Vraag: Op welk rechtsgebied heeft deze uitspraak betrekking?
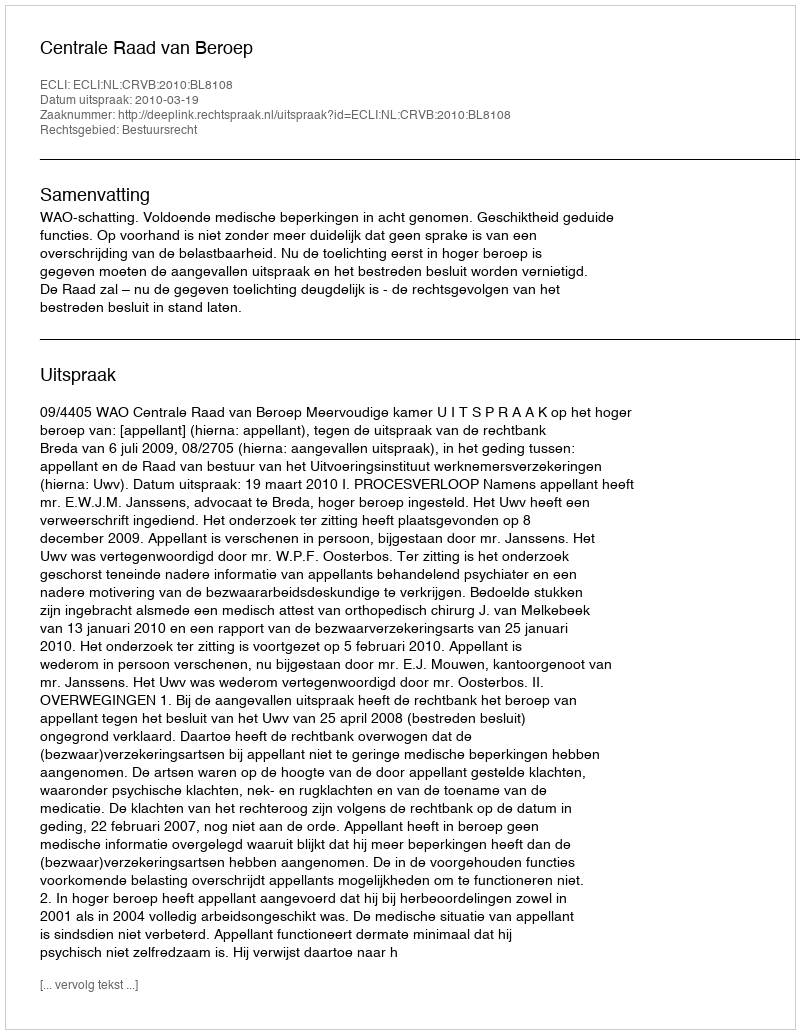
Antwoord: Bestuursrecht